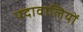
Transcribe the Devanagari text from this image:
पदावालियों